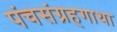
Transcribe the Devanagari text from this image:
पंचसंग्रहगाथा